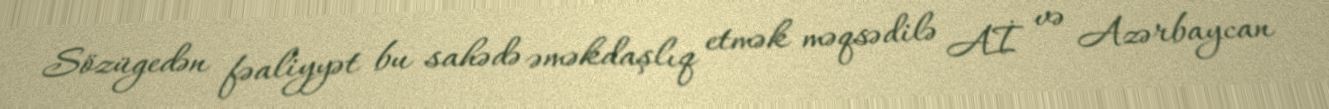
Sözügedən fəaliyyət bu sahədə əməkdaşlıq etmək məqsədilə Aİ və Azərbaycan